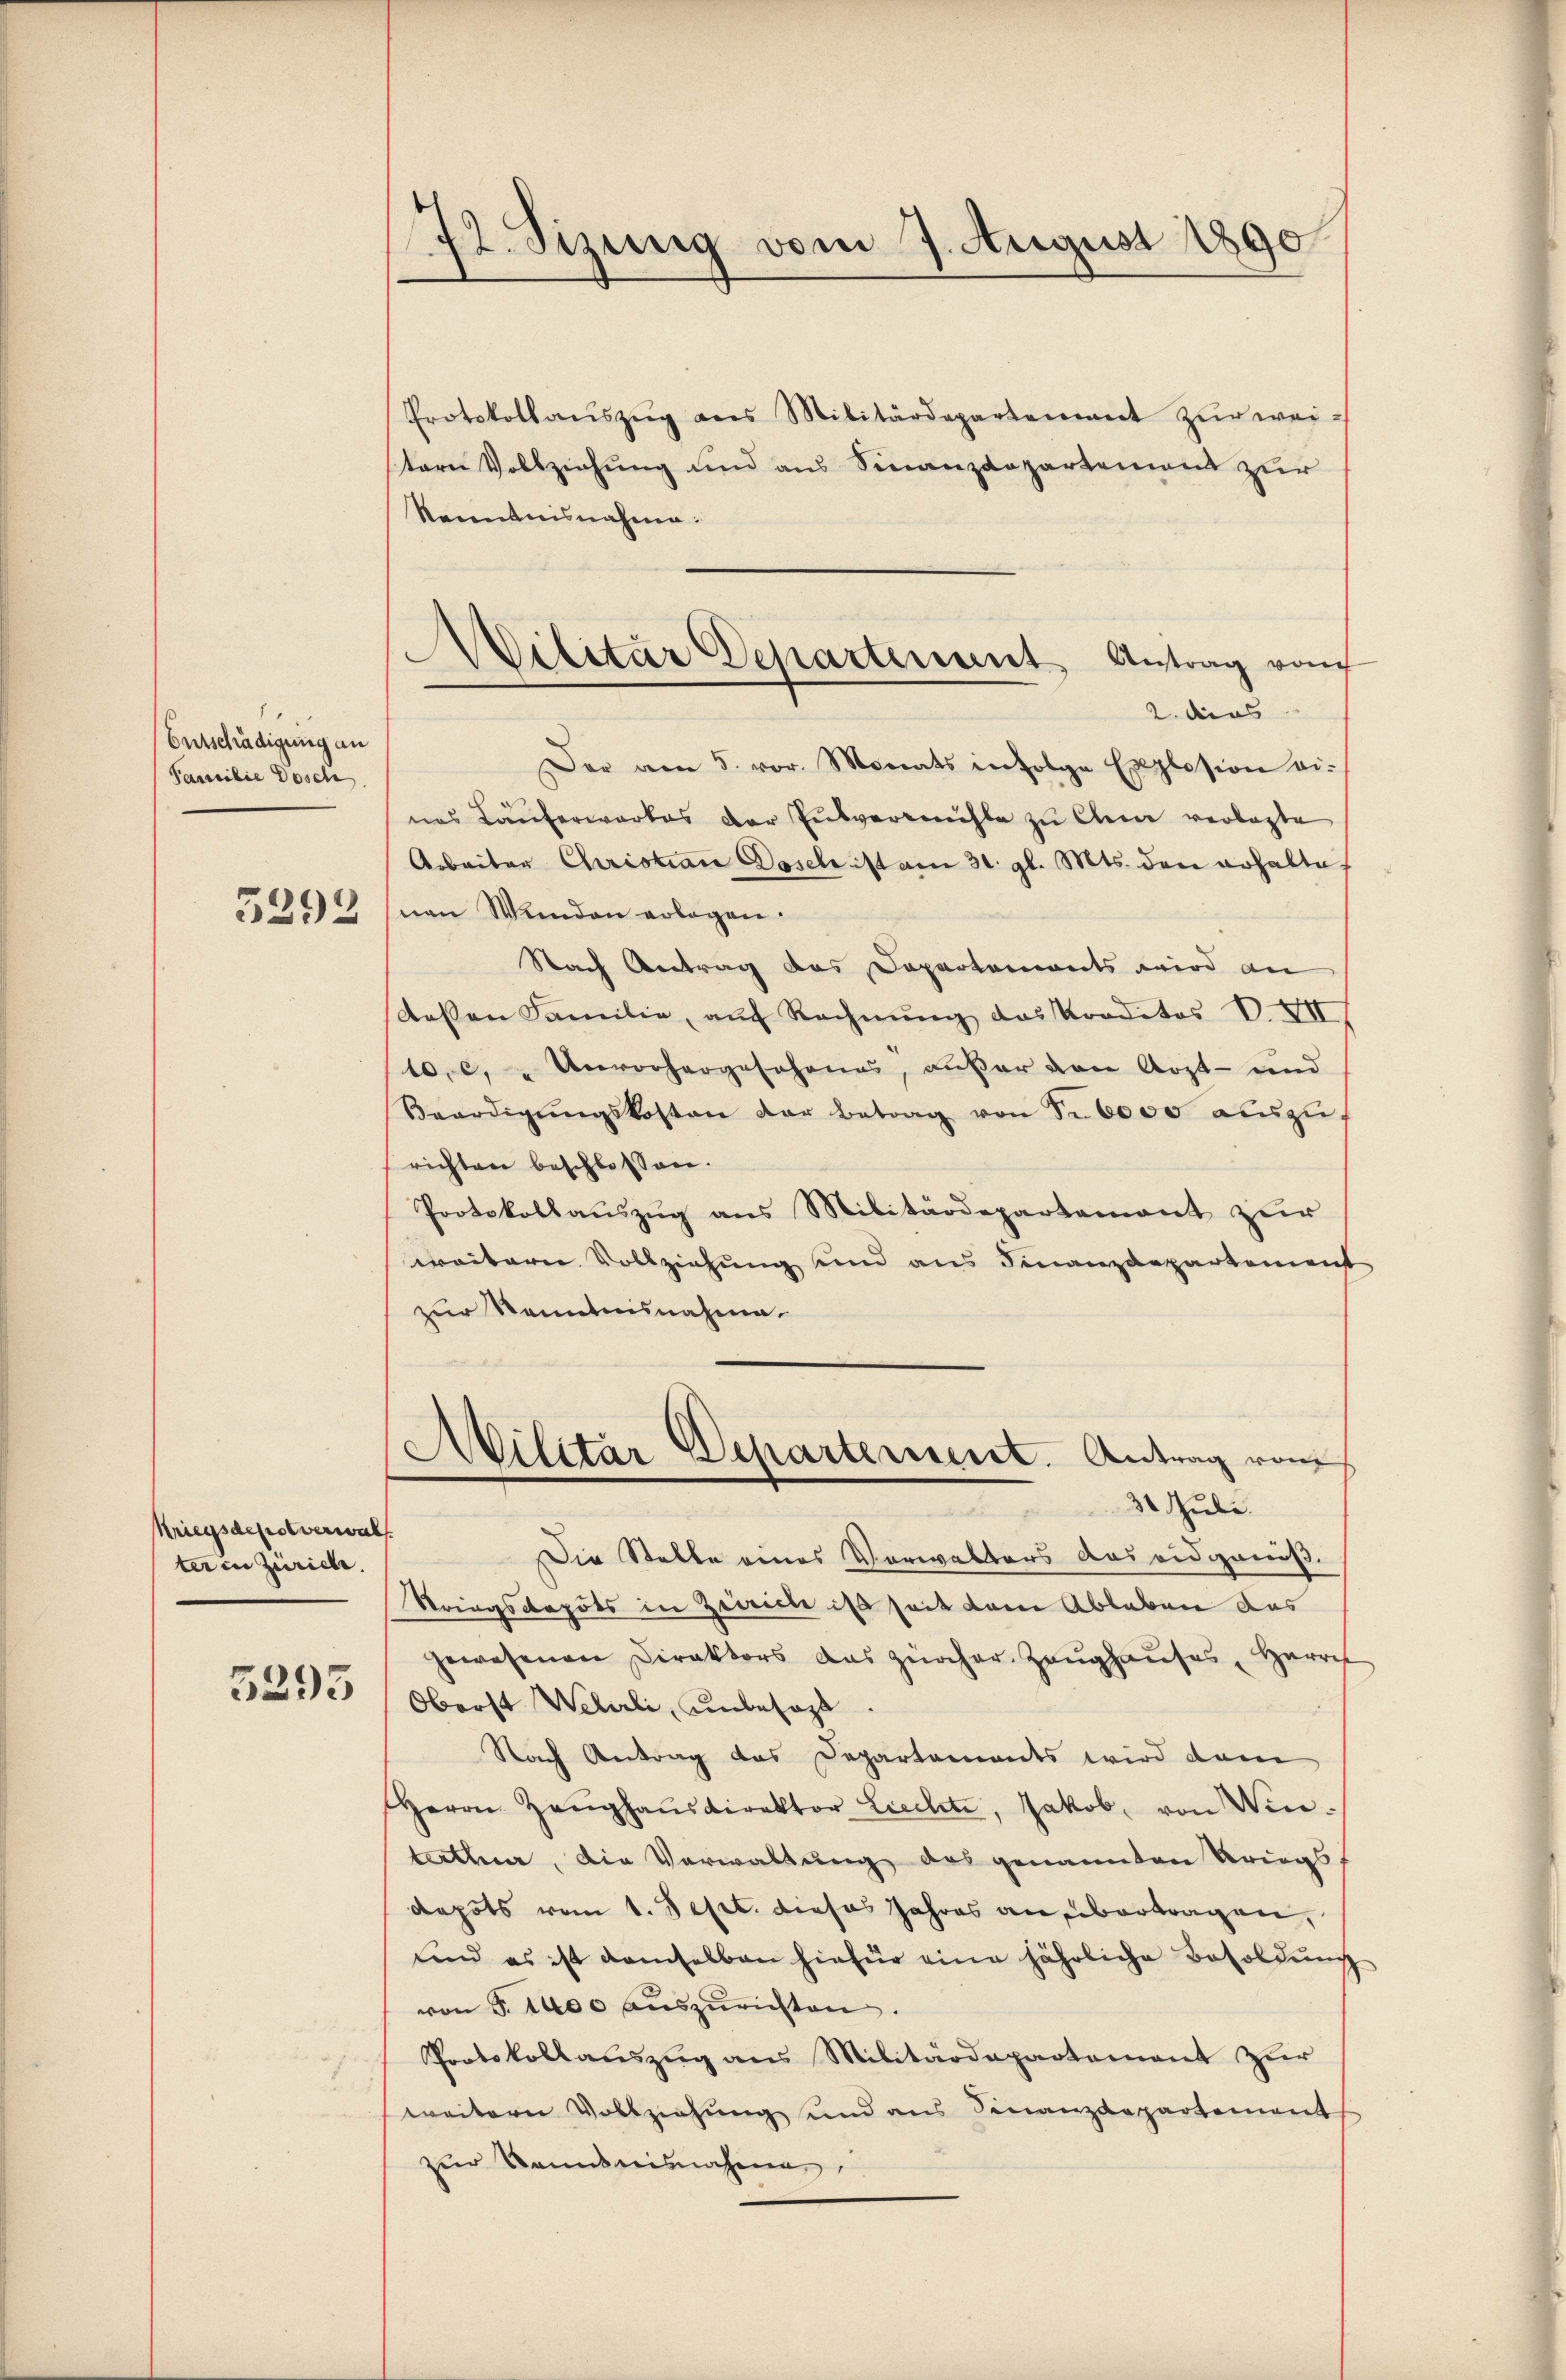
Entschädigung an
Familie Dosch

5292

Kriegsdepot verwal
ter in Zürich

5293

72. Sizung vom 7. August 1890

Protokollaŭszŭg ans Militärdepartement zŭr weistern Vollziehung und aus Finanzdepartement zur
Kenntnisnahme:
2. dens |
Der am 5. vor. Monats infolge Explosion ei-
d
nes Tauferwartes der Pulverwichte zu Chine verlaste
Arbeiter Christian Dosel ist am 31. gl. Mts. den erhalte,
nen Wunden erlogen.
Nach Antrag das Departements wird an
dessen Familie, aŭf Rechnŭng das Kreditos V. XII
10, c, Unvorhergeschenes, außer den Arzt- und
Beerdigŭngskosten der Betrag von Sr. 6000 aŭszŭf
richten beschlossen.
Protokollaŭszŭg ans Militärdepartement zur
weitern Vollziehung und aus Finanzdepartement
zur Kenntnisnahme.
Militär Departement. Antrag vom
31 Juli.
Die Stelle eines Verwalters das eidgeniß.
Kriegsdepots in Zweiche ist seit dem Ableben das
gewesenen Direktors das zürcher. Zeŭghaŭses Herre
Oberst Welirli, unbesagt.
Nach Antrag das Departaments wird dam
Herrn Zeŭghaŭsdirektor Liechte, Jakob, von Win-
tathen, die Verwaltung des genannten Kriegs-
depots vom 1. Sept. dieses Jahres an übertragen,
und es ist demselben hiefür eine jährliche Besoldung
von S. 1400 auszurichten.
Protokollauszug aus Militärdepartement zur
weitern Vollziehung und ans Finanzdepartement
zur Kenntnisnahme

Militar Departement Antrag von